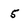
Character: 5